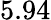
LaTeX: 5.94